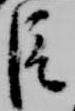
臣